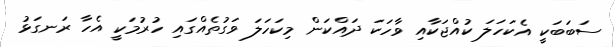
ސަބަބަކީ އެކަހަލަ ކުއްޖަކާއި ވާހަކަ ދައްކަން މިކަހަލަ ވަގުތެއްގައި ހުރުމަކީ އެހާ ރަނގަޅު